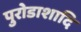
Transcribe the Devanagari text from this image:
पुरोडाशादि